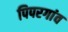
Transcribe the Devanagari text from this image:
पिपरगांव